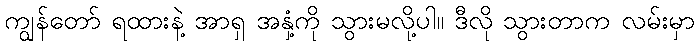
ကျွန်တော် ရထားနဲ့ အာရှ အနှံ့ကို သွားမလို့ပါ။ ဒီလို သွားတာက လမ်းမှာ